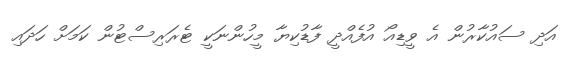
އަދި ސައުކާރުން އެ ވީޑިއޯ އުފެއްދީ ފާޑުކިޔާ މީހުންނަކީ ޓެރަރިސްޓުން ކަމަށް ހަދައި